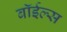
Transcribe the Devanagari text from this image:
बॉईल्स